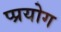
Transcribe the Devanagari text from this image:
प्प्रयोग